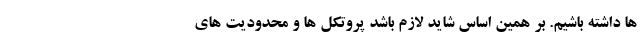
ها داشته باشیم. بر همین اساس شاید لازم باشد پروتکل ها و محدودیت های